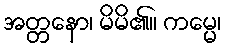
အတ္တနော၊ မိမိ၏။ ကမ္မေ၊